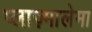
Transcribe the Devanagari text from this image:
प्लाज़्मालेमा